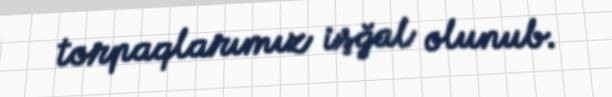
torpaqlarımız işğal olunub.